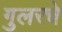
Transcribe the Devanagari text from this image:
गुलरचे